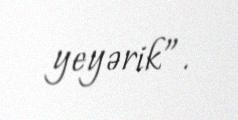
yeyərik”.